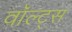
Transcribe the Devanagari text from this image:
वॉल्ट्स